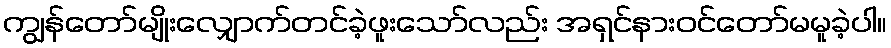
ကျွန်တော်မျိုးလျှောက်တင်ခဲ့ဖူးသော်လည်း အရှင်နားဝင်တော်မမူခဲ့ပါ။